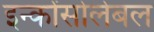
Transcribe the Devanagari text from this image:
इन्कोंसोलेबल